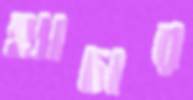
হ্যাচার